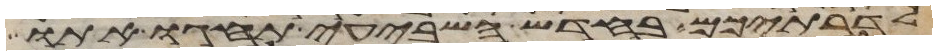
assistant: לדרתיכם בחדש השביעי תחגו אתו